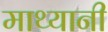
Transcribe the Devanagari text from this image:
माथ्यानी